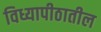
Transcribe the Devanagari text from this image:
विध्यापीठातील